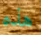
هذه